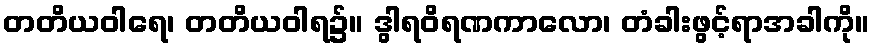
တတိယဝါရေ၊ တတိယဝါရ၌။ ဒွါရဝိရဏကာလော၊ တံခါးဖွင့်ရာအခါကို။